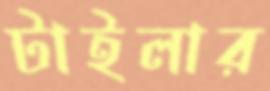
টাইলার